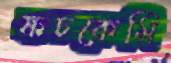
ফচকেমি